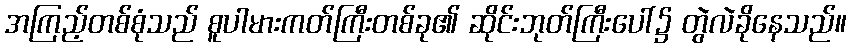
အကြည့်တစ်စုံသည် စူပါမားကတ်ကြီးတစ်ခု၏ ဆိုင်းဘုတ်ကြီးပေါ်၌ တွဲလဲခိုနေသည်။